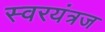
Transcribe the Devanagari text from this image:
स्वरयंत्रज